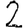
Digit: 2